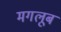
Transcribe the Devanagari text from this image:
मगलूब